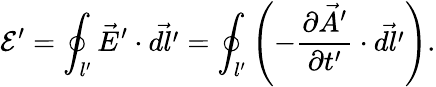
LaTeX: \mathcal E^{\prime}=\oint_{l^{\prime}}\vec{E}^{\prime}\cdot\vec{dl^{\prime}}=\oint_{l^{\prime}}\left(-\frac{\partial\vec{A}^{\prime}}{\partial t^{\prime}}\cdot\vec{dl^{\prime}}\right).